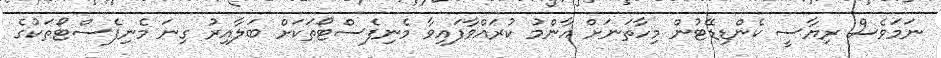
ނަމަވެސް ރިޔާސީ ކެންޑިޑޭޓުން މިހާތަނަށް އާންމު ކުރައްވާފައިވާ މެނިފެސްޓޯތަކަށް ބަލާއިރު ގިނަ މެނިފެސްޓޯތަކުގެ